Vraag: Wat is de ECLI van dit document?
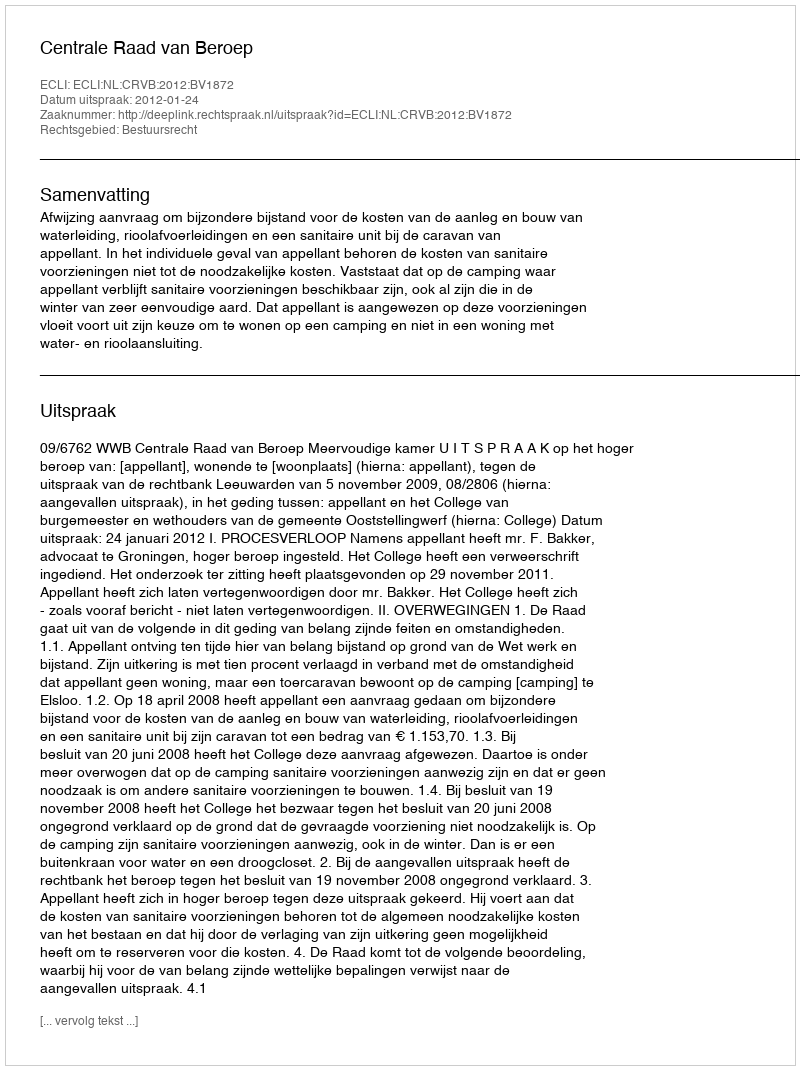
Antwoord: ECLI:NL:CRVB:2012:BV1872